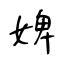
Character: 婢